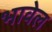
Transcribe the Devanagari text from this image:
भावेल